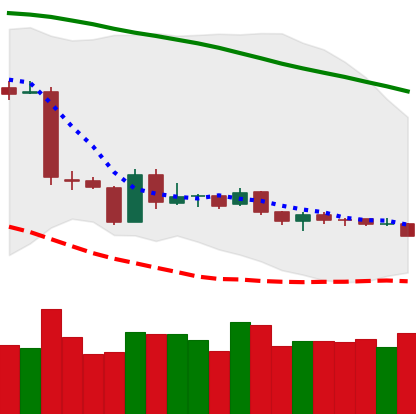
Ticker: ETH-USD
Chart end date: 2019-01-27
Forward return: -5.11%
Label: down_5_7